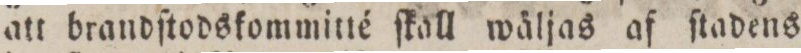
att brandſtodskommitté ſkall wäljas af ſtadens